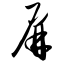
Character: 屏